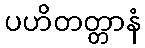
ပဟိတတ္တာနံ